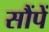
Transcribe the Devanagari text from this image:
सौंपें